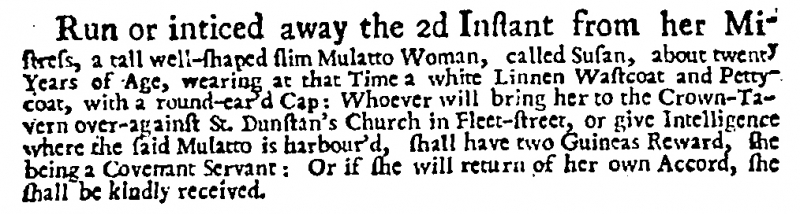
Daily Post, 19 March 1726 (England)
Run or inticed away the 2d Instant from her Mistress, a tall well-shaped slim Mulatto Woman, called Susan, about twenty Years of Age, wearing at that Time a white Linnen Wastcoat and Pettycoat, with a round-ear’d Cap: Whoever will bring her to the Crown-Tavern over-against St. Dunstan’s Church in Fleet-street, or give Intelligence where the said Mulatto is harbour’d, shall have two Guineas Reward, she being a Covenant Servant: Or if she will return of her own Accord, she shall be kindly received.